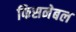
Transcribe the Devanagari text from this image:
फिसनेबल